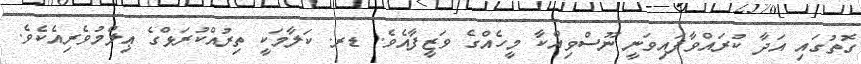
ގޮތުގައި އަދާ ކުރައްވާފައިވަނީ ނޫސްވިއްކާ މީހެއްގެ ވަޒީފާއެވެ. ޑރ. ކަލާމަކީ ތިިރުއްކުރަޅްގެ ޢިލްމުވެރިއެކެވެ.